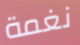
نغمة